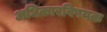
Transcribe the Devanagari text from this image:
अधिकारविषयक